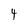
Character: 4